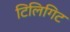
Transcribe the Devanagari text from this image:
टिलिगिट